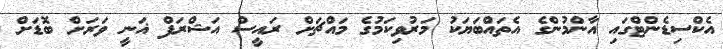
އެކްސިޑެންޓްގައި އާންމުންގެ އެތައްބަޔަކު މަރުވިކަމުގެ މައްޗަށް ރައީސް އަޝްރަފް ޣަނީ ވަރަށް ބޮޑަށް